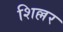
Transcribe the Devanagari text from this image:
शिल्लर